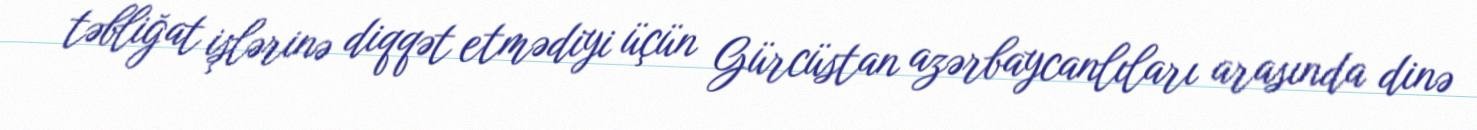
təbliğat işlərinə diqqət etmədiyi üçün Gürcüstan azərbaycanlıları arasında dinə